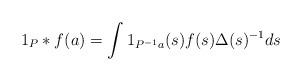
LaTeX: \begin{align*} 1_{P}*f(a)=\int 1_{P^{-1}a}(s)f(s)\Delta(s)^{-1}ds\end{align*}